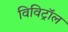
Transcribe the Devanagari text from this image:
विविट्रॉल